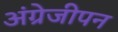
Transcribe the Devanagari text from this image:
अंग्रेजीपन